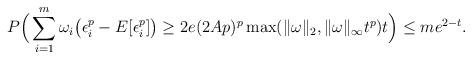
LaTeX: \begin{align*}P\Big( \sum_{i=1}^m \omega_i \big(\epsilon_i^p -E[\epsilon_i^p]\big) \geq 2e(2Ap)^p \max(\|\omega\|_2, \|\omega \|_\infty t^p) t \Big) \leq m e^{2-t}.\end{align*}